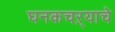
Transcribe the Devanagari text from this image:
घनकचऱ्याचे